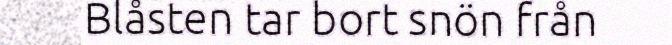
Blåsten tar bort snön från